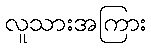
လူသားအကြား